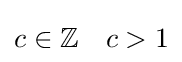
c\in \mathbb {Z} \quad c>1